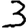
Digit: 3